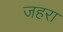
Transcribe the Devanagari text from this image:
जहरा